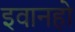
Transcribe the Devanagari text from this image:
इवानहो